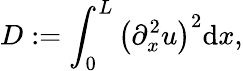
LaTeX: D:=\int_{0}^{L}\left(\partial_{x}^{2}u\right)^{2}\mathrm{d}x,